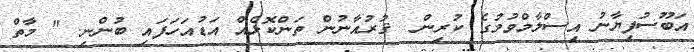
އަބޫސުފިޔާނު އިސްލާމްވުމުގެ ކުރިން  ޤުރުއާނުން ތަންކޮޅެއް އަޑުއަހަފައި ބުންނި. " މާތް